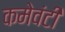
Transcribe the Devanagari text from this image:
कमेवंटी